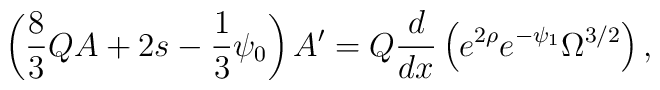
\left( \frac{8}{3}QA+2s-\frac{1}{3}\psi_0 \right)A' = Q\frac{d}{dx} \left( e^{2\rho} e^{-\psi_1} \Omega^{3/2} \right) ,